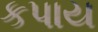
કપાય